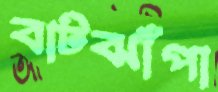
বাটঝাঁপা